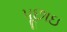
પૂછાઇ